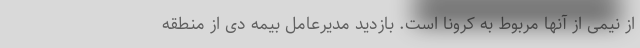
از نیمی از آنها مربوط به کرونا است. بازدید مدیرعامل بیمه دی از منطقه